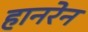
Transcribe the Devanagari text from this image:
हानरेन